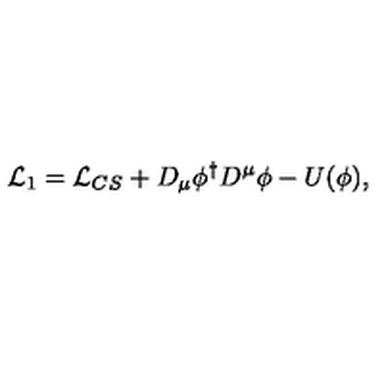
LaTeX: { \cal L } _ { 1 } = { \cal L } _ { C S } + D _ { \mu } \phi ^ { \dagger } D ^ { \mu } \phi - U ( \phi ) ,